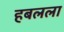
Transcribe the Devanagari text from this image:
हबलला